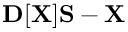
{ \bf D } [ { \bf X } ] { \bf S } - { \bf X }